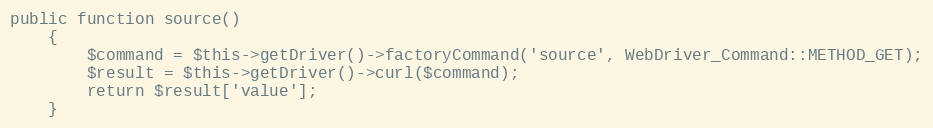
Language: PHP
public function source()
    {
        $command = $this->getDriver()->factoryCommand('source', WebDriver_Command::METHOD_GET);
        $result = $this->getDriver()->curl($command);
        return $result['value'];
    }